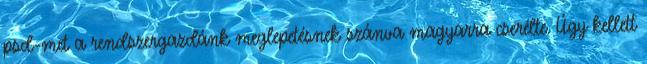
psd-met a rendszergazdánk meglepetésnek szánva magyarra cserélte. Úgy kellett